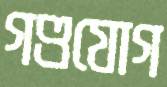
গণ্ডযোগ